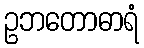
ဥဘတောဓာရံ